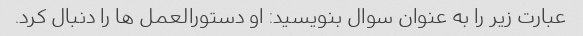
عبارت زیر را به عنوان سوال بنویسید: او دستورالعمل ها را دنبال کرد.